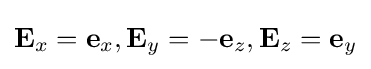
\mathbf {E} _{x}=\mathbf {e} _{x},\mathbf {E} _{y}=-\mathbf {e} _{z},\mathbf {E} _{z}=\mathbf {e} _{y}